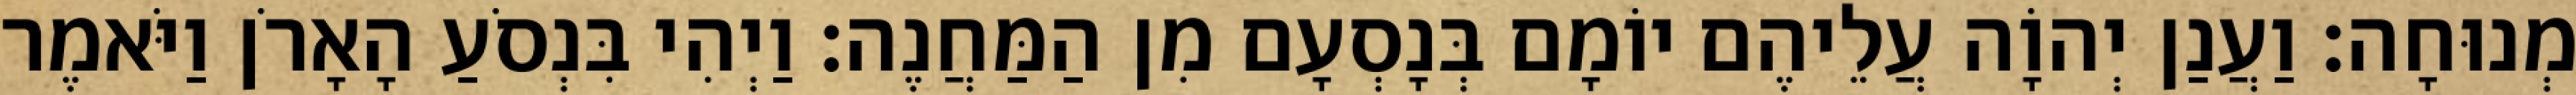
מְנוּחָה׃ וַעֲנַן יְהוָֹה עֲלֵיהֶם יוֹמָם בְּנָסְעָם מִן הַמַּחֲנֶה׃ וַיְהִי בִּנְסֹעַ הָאָרֹן וַיֹּאמֶר